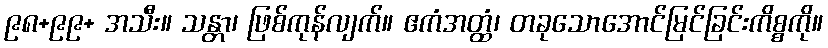
၉၈+၉၉+ အသီး။ သန္တာ၊ ဖြစ်ကုန်လျက်။ ဧကံအတ္ထံ၊ တခုသောအောင်မြင်ခြင်းကိစ္စကို။